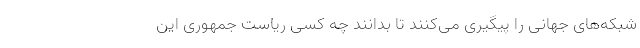
شبکه‌های جهانی را پیگیری می‌کنند تا بدانند چه کسی ریاست جمهوری این